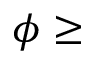
\phi \ge